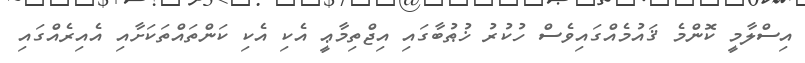
އިސްލާމީ ކޮންމެ ޤައުމެއްގައިވެސް ހުކުރު ޚުޠުބާގައި އިޖްތިމާޢީ އެކި އެކި ކަންތައްތަކަށާއި އެއިރެއްގައި